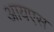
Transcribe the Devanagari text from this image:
आयएस